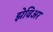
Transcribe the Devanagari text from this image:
झेविअर